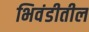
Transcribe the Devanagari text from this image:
भिवंडीतील